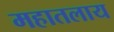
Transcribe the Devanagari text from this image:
महातलाय